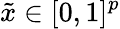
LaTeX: \tilde{x}\in[0,1]^{p}